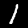
Label: 1